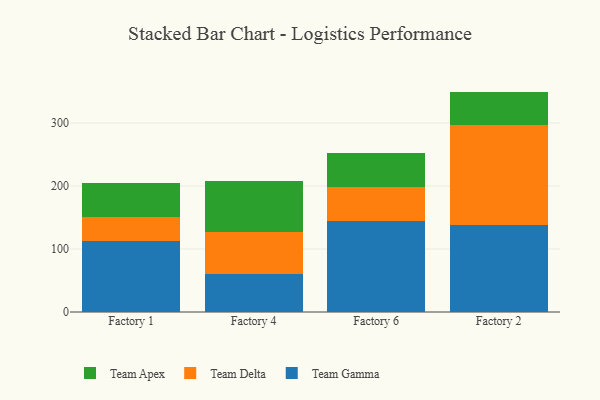
{"axis": {"x": "Factory", "y": "Production Output"}, "legend": ["Team Apex", "Team Delta", "Team Gamma"], "data": [{"x": "Factory 1", "y": 113.3, "type": "Team Gamma"}, {"x": "Factory 1", "y": 37.9, "type": "Team Delta"}, {"x": "Factory 1", "y": 54.2, "type": "Team Apex"}, {"x": "Factory 4", "y": 60.3, "type": "Team Gamma"}, {"x": "Factory 4", "y": 66.3, "type": "Team Delta"}, {"x": "Factory 4", "y": 81.6, "type": "Team Apex"}, {"x": "Factory 6", "y": 144.4, "type": "Team Gamma"}, {"x": "Factory 6", "y": 54.0, "type": "Team Delta"}, {"x": "Factory 6", "y": 54.6, "type": "Team Apex"}, {"x": "Factory 2", "y": 137.4, "type": "Team Gamma"}, {"x": "Factory 2", "y": 159.3, "type": "Team Delta"}, {"x": "Factory 2", "y": 53.1, "type": "Team Apex"}]}